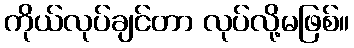
ကိုယ်လုပ်ချင်တာ လုပ်လို့မဖြစ်။